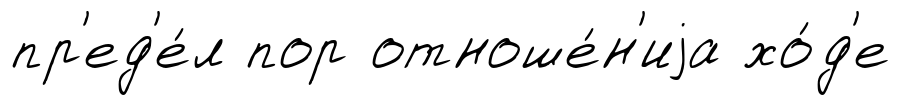
пр'ед'е́л пор отноше́н'иjа хо́д'е